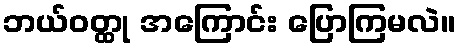
ဘယ်ဝတ္ထု အကြောင်း ပြောကြမလဲ။